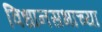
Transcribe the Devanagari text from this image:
विधानसभाच्या